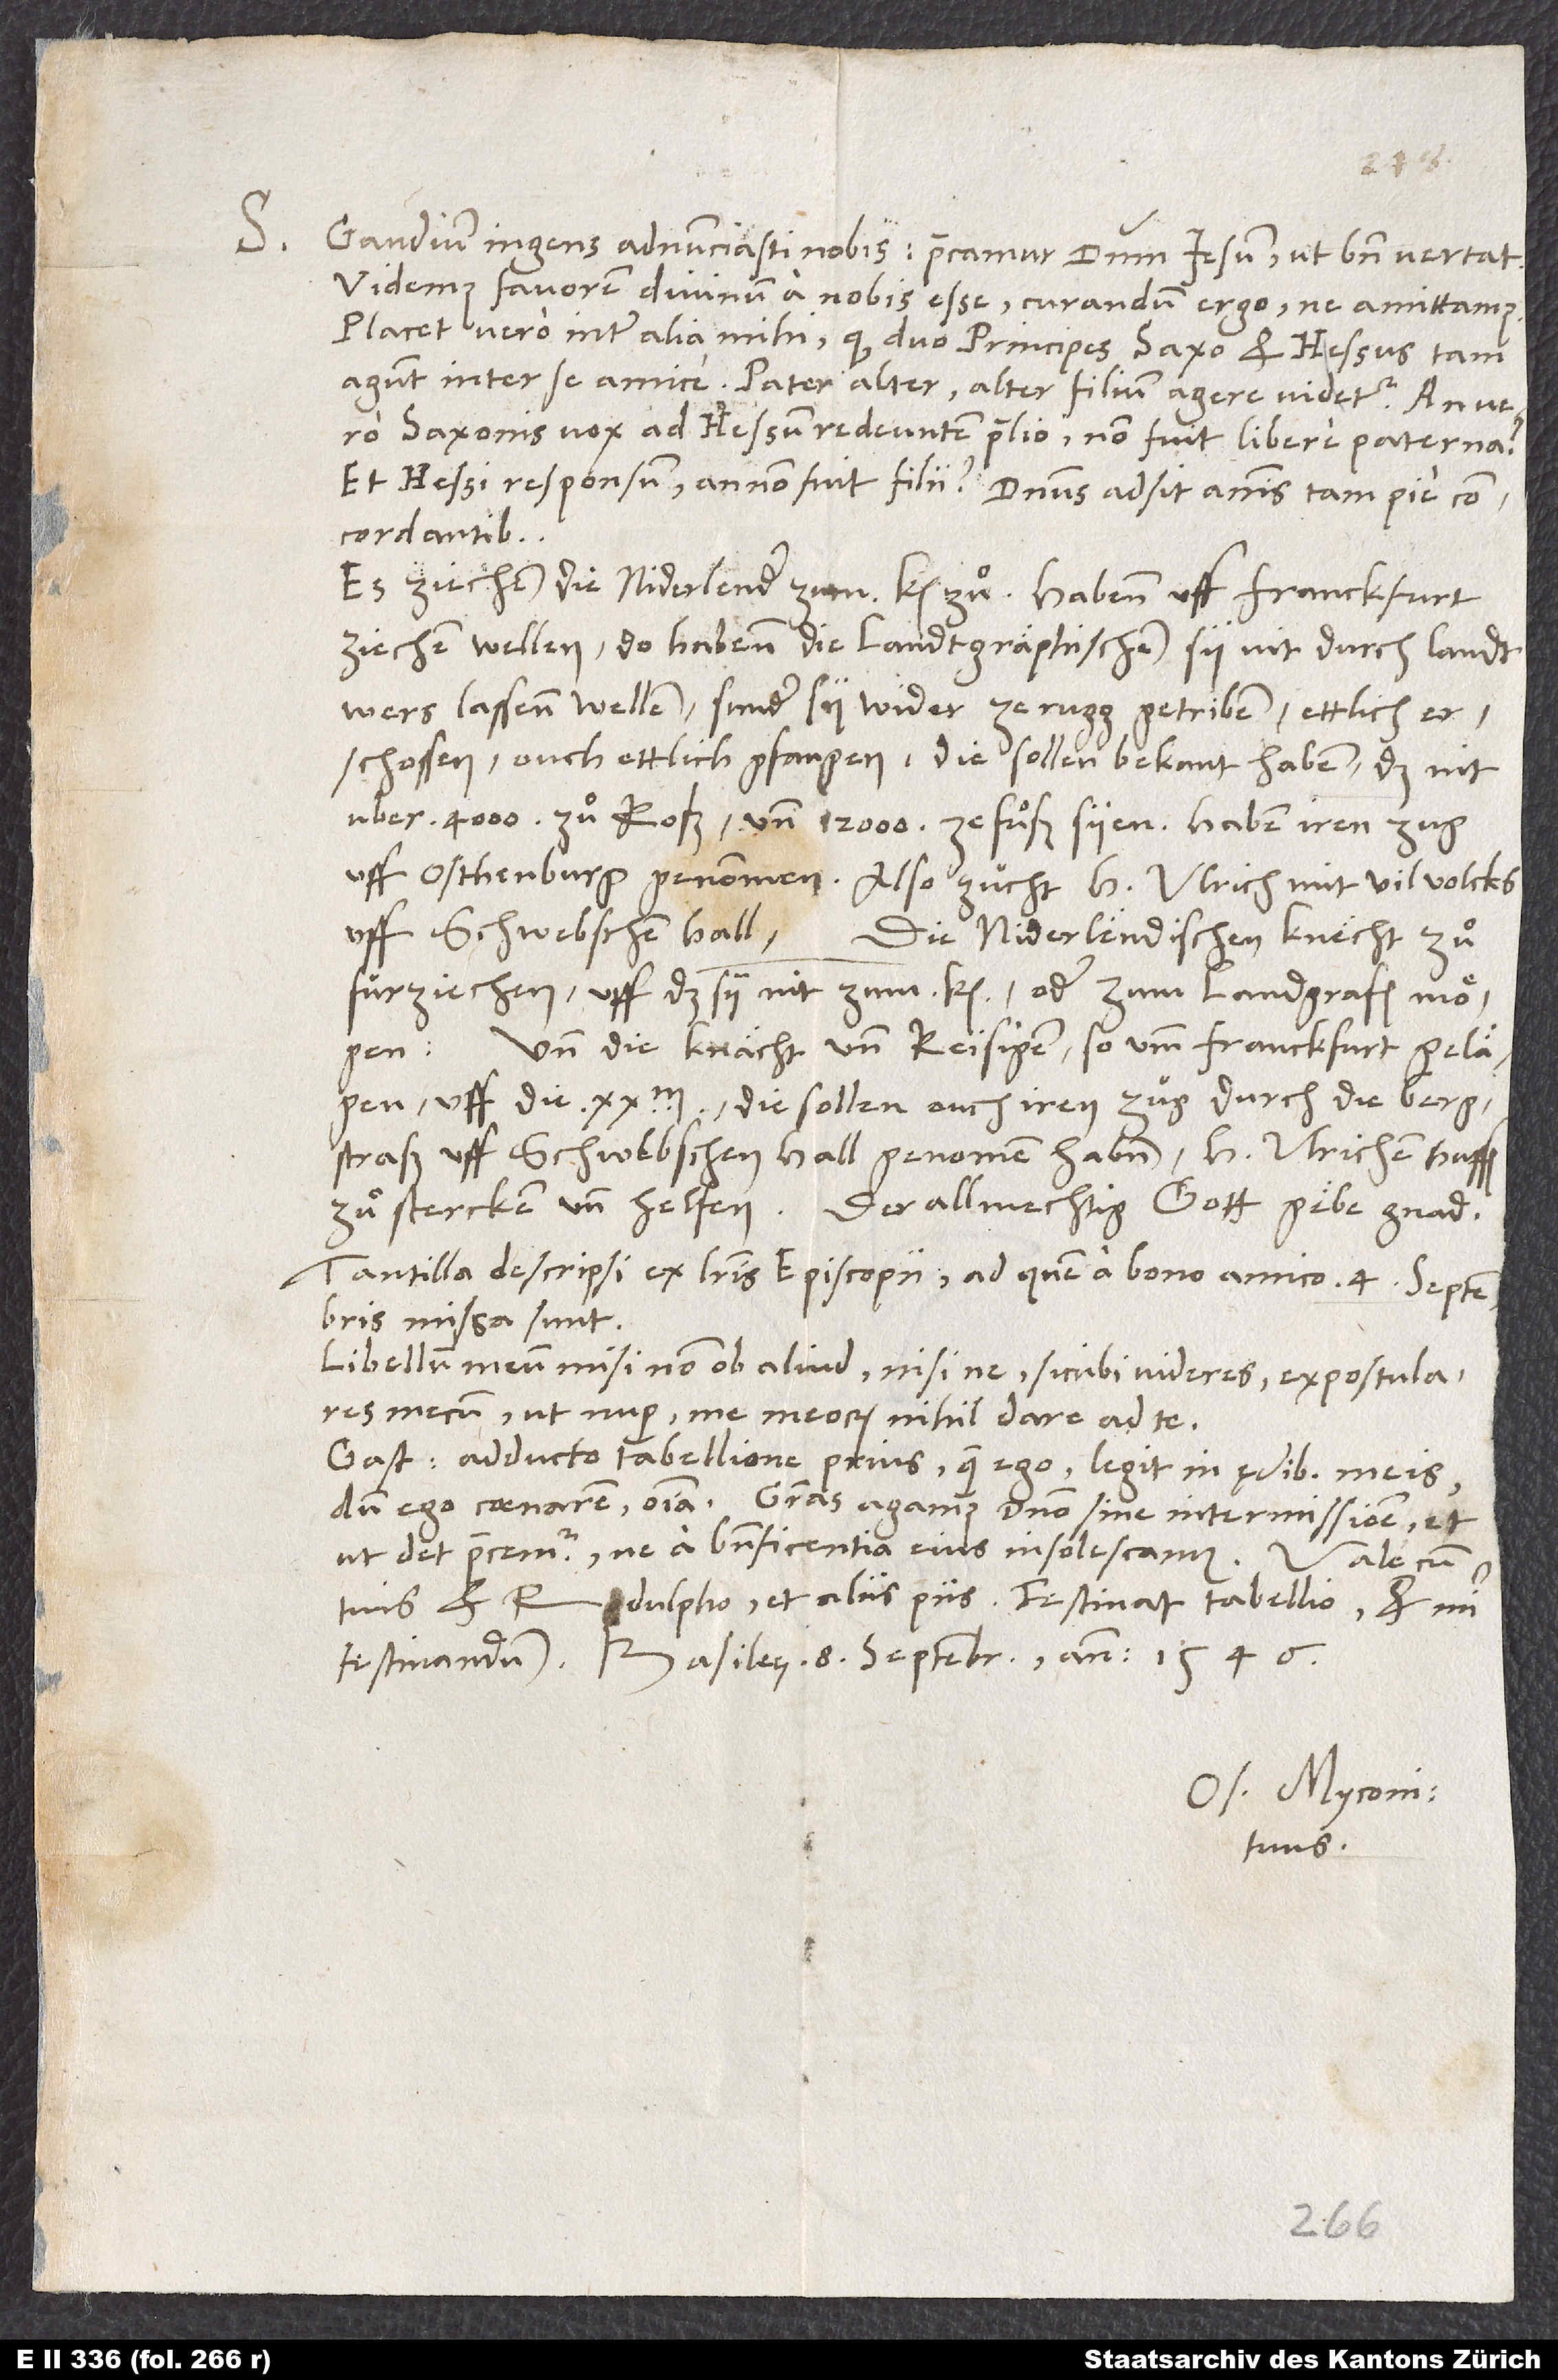
S.

Gaudium ingens adnunciasti nobis! Precamur dominum Iesum, ut bene vertat.
Videmus favorem divinum a nobis esse. Curandum ergo, ne amittamus.
Placet vero inter alia mihi, quod duo principes, Saxo et Hessus, tam
agunt inter se amice. Pater alter, alter filium agere videtur. An vero
Saxonis vox ad Hessum redeuntem ex proelio non fuit libere paterna?
et Hessi responsum annon fuit filii? Dominus adsit animis tam pie
concordantibus!
Es züchen die Niderlender zum kaiser zuͦ. Habenn uff Franckfurt
ziechen wellen. Do habenn die lantgraphischen sy nit durch landtwers
lassen wellen, sunder sy wider zerugg getriben, ettlich
erschossen, ouch ettlich gfangen. Die sollen bekant haben, das nit
uber 4’000 zuͦ roß und 12’000 ze fuͦß syen. Haben iren zug
uff Schwebschen Hall, die niderlendischen knecht zuͦ
furziechen, uff das sy nit zum kaiser oder zum landgrafen moͤgen.
Und die knaͤcht und reisigen, so umb Franckfurt gelaͤgen,
uff die 20’000, die sollen ouch iren zug durch die bergstraß
uff Schwebschen Hall genomen haben, h Ulrichen huffen
zuͦ stercken und helfen. Der allmechtig gott gaͤbe gnad!
Tantilla descripsi ex literis Episcopii, ad quem a bono amico 4. septembris
missa sunt.
Libellum meum misi non ob aliud, nisi ne, sicubi videres, expostulares
mecum ut nuper me meorum nihil dare ad te.
Gastius adducto tabellione prius quam ego legit in ędibus meis,
dum ego coenarem, omnia. Gratias agamus domino sine intermissione et,
ut det, precemur, ne a beneficentia eius insolescamus.
Vale cum
tuis et Rodulpho et aliis piis. Festinat tabellio, et mihi
festinandum. Basileę, 8. septembris anno 1546.
Os. Myconi.
tuus.